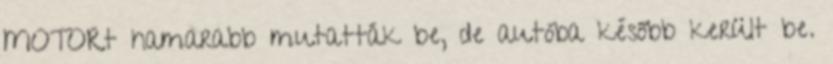
MOTORt hamarabb mutatták be, de autóba később került be.